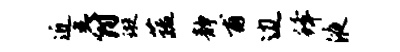
近爵璇蔬静甫边蜂液